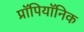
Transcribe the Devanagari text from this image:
प्रॉपियॉनिक